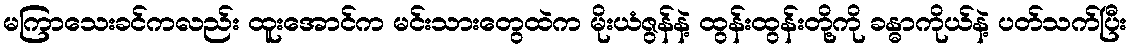
မကြာသေးခင်ကလည်း ထူးအောင်က မင်းသားတွေထဲက မိုးယံဇွန်နဲ့ ထွန်းထွန်းတို့ကို ခန္ဓာကိုယ်နဲ့ ပတ်သက်ပြီး